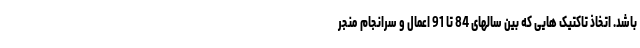
باشد. اتخاذ تاکتیک هایی که بین سالهای 84 تا 91 اعمال و سرانجام منجر